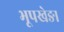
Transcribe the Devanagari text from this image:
भूपखेङा